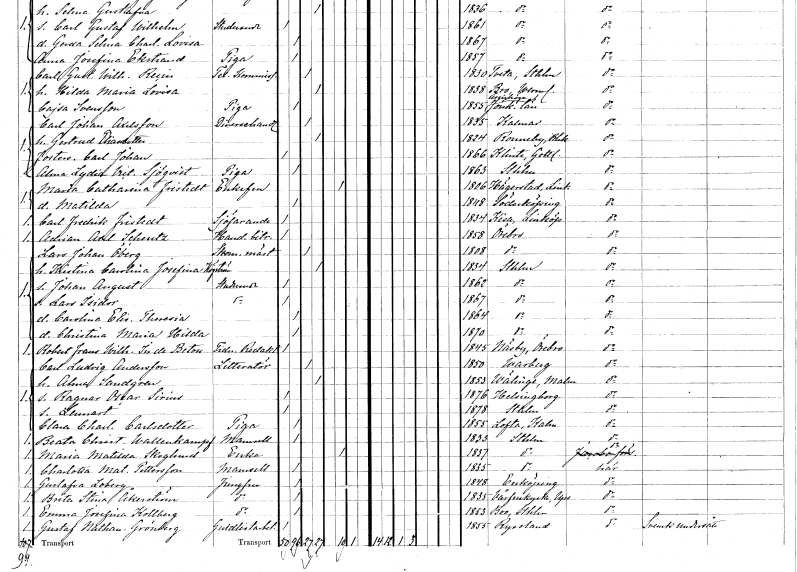
gt_parse: households: individuals: FN: Maria Catharina
EN: Fristedt
KON: K
CIV: E
FODAR: 1806
FODFORS: Hägerstad Östergötlands län
FN: Matilda
KON: K
CIV: O
FODAR: 1848
FODFORS: Söderköping Östergötlands län
FN: Carl Fredrik
EN: Fristedt
YRKE: Sjöfarare
KON: M
CIV: O
FODAR: 1834
FODFORS: Kisa Östergötlands län
FN: Adrian Axel
EN: Scheutz
YRKE: Handelsbiträde
KON: M
CIV: O
FODAR: 1858
FODFORS: Örebro Örebro län
FN: Lars Johan
EN: Öberg
YRKE: Skomakarmäster
KON: M
CIV: G
FODAR: 1808
FODFORS: Örebro Örebro län
FN: Kristina Carolina Josefina
EN: Högström
KON: K
CIV: G
FODAR: 1834
FODFORS: Stockholm
FN: Johan August
YRKE: Studerande
KON: M
CIV: O
FODAR: 1862
FODFORS: Stockholm
FN: Lars Isidor
YRKE: Studerande
KON: M
CIV: O
FODAR: 1867
FODFORS: Stockholm
FN: Carolina Elisabet Theresia
KON: K
CIV: O
FODAR: 1864
FODFORS: Stockholm
FN: Christina Maria Hilda
KON: K
CIV: O
FODAR: 1870
FODFORS: Stockholm
FN: Robert Frans Wilhelm
EN: In de Betou
YRKE: Tidningsredaktör
KON: M
CIV: O
FODAR: 1845
FODFORS: Näsby Örebro län
FN: Carl Ludvig
EN: Andersson
YRKE: Litteratör
KON: M
CIV: G
FODAR: 1850
FODFORS: Varberg Hallands län
FN: Alma
EN: Sandgren
KON: K
CIV: G
FODAR: 1853
FODFORS: Välinge Malmöhus län
FN: Ragnar Oscar Sirius
KON: M
CIV: O
FODAR: 1876
FODFORS: Helsingborg Malmöhus län
FN: Lennart
KON: M
CIV: O
FODAR: 1878
FODFORS: Stockholm
FN: Clara Charlotta
EN: Carlsdotter
YRKE: Piga
KON: K
CIV: O
FODAR: 1855
FODFORS: Lofta Kalmar län
FN: Beata Christina
EN: Wallenkampf
KON: K
CIV: O
FODAR: 1833
FODFORS: Stockholm
FN: Maria Matilda
EN: Skoglund
YRKE: Änka
KON: K
CIV: E
FODAR: 1837
FODFORS: Stockholm
FN: Charlotta Matilda
EN: Pettersson
KON: K
CIV: O
FODAR: 1835
FODFORS: Stockholm
FN: Gustafva
EN: Loberg
YRKE: Jungfru
KON: K
CIV: O
FODAR: 1848
FODFORS: Enköping Uppsala län
FN: Brita Stina
EN: Åkerström
YRKE: Jungfru
KON: K
CIV: O
FODAR: 1835
FODFORS: Vårfrukyrka Uppsala län
FN: Emma Josefina
EN: Kollberg
YRKE: Jungfru
KON: K
CIV: O
FODAR: 1853
FODFORS: Boo Stockholms län
FN: Gustaf Nathanael
EN: Grönberg
YRKE: Guldlistsarbetare
KON: M
CIV: O
FODAR: 1855